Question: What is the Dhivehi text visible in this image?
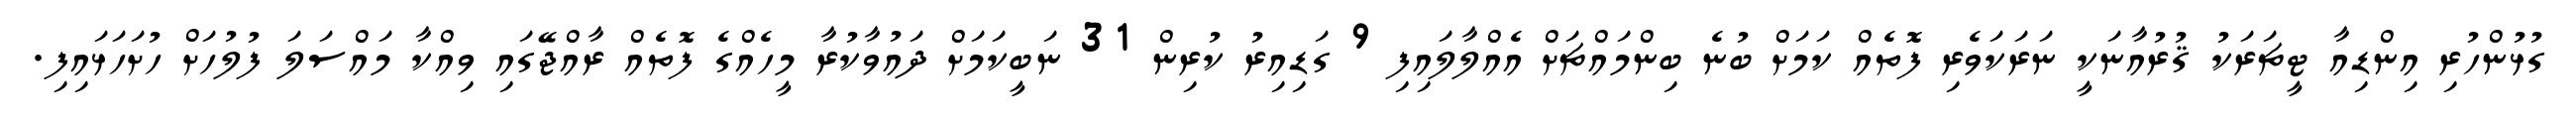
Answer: ގުޅުންހުރި އިންޑިއާ ޓީޗަރަކު ޤުރުއާނަކީ ނަރަކަވެރި ފޮތެއް ކަމަށް ބުނެ ބިންމައްޗަށް އެއްލާލައިފި 9 ގަޑިއިރު ކުރިން 31 ނަބީކަމަށް ދައުވާކުރާ މީހެއްގެ ފޮތެއް ރާއްޖޭގައި ވިއްކާ މައްސަލަ ފުލުހަށް ހުށަހަޅައިފި.